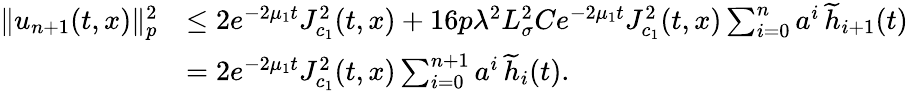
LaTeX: \begin{array}{rl}{\| u_{n+1}(t,x)\| _{p}^{2}}&{\le 2e^{-2\mu_{1}t}J_{c_{1}}^{2}(t,x)+16p\lambda^{2}L_{\sigma}^{2}Ce^{-2\mu_{1}t}J_{c_{1}}^{2}(t,x)\sum_{i=0}^{n}a^{i}\, \widetilde h_{i+1}(t)}\\ &{=2e^{-2\mu_{1}t}J_{c_{1}}^{2}(t,x)\sum_{i=0}^{n+1}a^{i}\, \widetilde{h}_{i}(t).}\end{array}